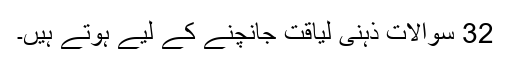
32 سوالات ذہنی لیاقت جانچنے کے لیے ہوتے ہیں۔